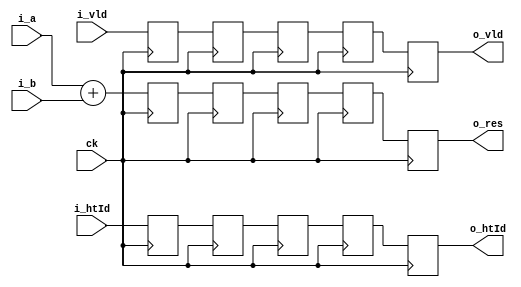
module add_5stage (
input		ck,

input	[63:0]	i_a, i_b,
input   [6:0]   i_htId,
input           i_vld,

output	[63:0]	o_res,
output  [6:0]   o_htId,
output          o_vld
);


// Wires & Registers
wire [63:0] c_t1_res;
wire [6:0]  c_t1_htId;
wire        c_t1_vld;
   
reg [63:0]  r_t2_res,  r_t3_res,  r_t4_res,  r_t5_res,  r_t6_res;
reg [6:0]   r_t2_htId, r_t3_htId, r_t4_htId, r_t5_htId, r_t6_htId;
reg 	    r_t2_vld,  r_t3_vld,  r_t4_vld,  r_t5_vld,  r_t6_vld;
   
// The following example uses a fixed-length pipeline,
// but could be used with any length or a variable length pipeline.
always @(posedge ck) begin
	r_t2_res  <= c_t1_res;
	r_t2_htId <= c_t1_htId;
	r_t2_vld  <= c_t1_vld;
   
	r_t3_res  <= r_t2_res;
 	r_t3_htId <= r_t2_htId;
	r_t3_vld  <= r_t2_vld;  
   
	r_t4_res  <= r_t3_res;
 	r_t4_htId <= r_t3_htId;
	r_t4_vld  <= r_t3_vld;  
   
	r_t5_res  <= r_t4_res;
	r_t5_htId <= r_t4_htId;
	r_t5_vld  <= r_t4_vld;
   
	r_t6_res  <= r_t5_res;
	r_t6_htId <= r_t5_htId;
	r_t6_vld  <= r_t5_vld;   
end

// Inputs
assign c_t1_res  = i_a + i_b;
assign c_t1_htId = i_htId;
assign c_t1_vld  = i_vld;

// Outputs
assign o_res  = r_t6_res;
assign o_htId = r_t6_htId;
assign o_vld  = r_t6_vld;

endmodule